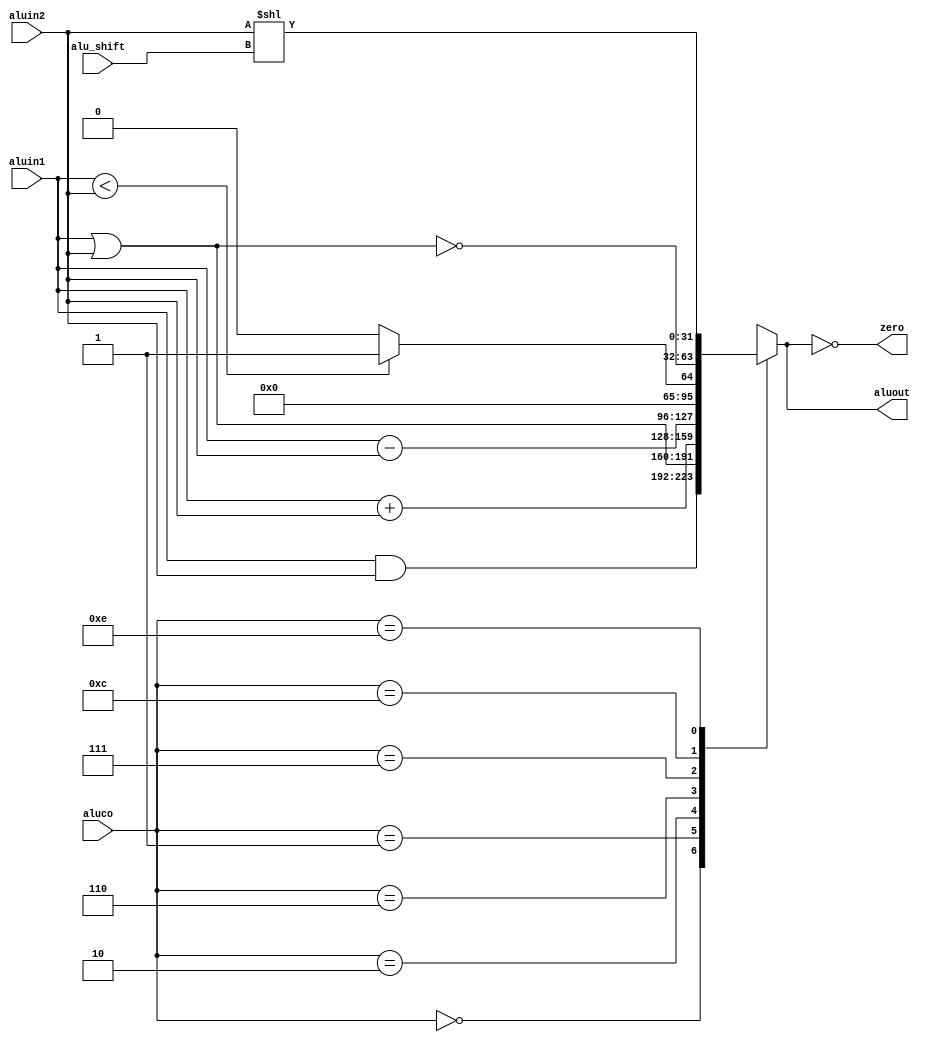
module alu ( aluout ,zero,aluin1,aluin2,aluco,alu_shift);

input[3:0] aluco ;
input[31:0] aluin1 ;
input[31:0] aluin2  ;
input [4:0] alu_shift;
output reg [31:0] aluout;
output zero;

assign zero=(aluout == 0);

always@(aluin1,aluin2,aluco,alu_shift)
begin
case(aluco)
0  : aluout <= (aluin1&aluin2);
1  : aluout <= (aluin1|aluin2)  ;
2  : aluout <= (aluin1+aluin2) ;
6  : aluout <=(aluin1-aluin2) ;
7  : aluout <= (aluin1<aluin2)?1:0 ;
12 : aluout <= ~(aluin1|aluin2) ;
14 : aluout <= (aluin2<<alu_shift);

default : aluout <= 32'bxxxxxxxx;
endcase
end

endmodule

module tb_alu();

reg [31:0] aluin1,aluin2;
reg [3:0] aluco;
reg [4:0] alu_shift;
wire [31:0] aluout;
wire zero;

alu a(aluout,zero,aluin1,aluin2,aluco,alu_shift);

initial
begin

$monitor("%b %b %b %b %b %b",aluout,zero,aluco,aluin1,aluin2,alu_shift);
alu_shift=5'b00000;

#3
aluin1=32'b 00001000;
aluin2=32'b 00000100;
aluco=0;
#3
aluin1=32'b00001000;
aluin2=32'b00000100;
aluco=1;
#3
aluin1=8'b00001000;
aluin2=8'b00000100;
aluco=2;
#3
aluin1=8'b00001000;
aluin2=8'b00000100;
aluco=6;
#3
aluin1=8'b00001000;
aluin2=8'b00000100;
aluco=7;
#3
aluin1=8'b00001000;
aluin2=8'b00000100;
aluco=12;
#3
aluin1=8'b0000001;
alu_shift=5'b11111;
aluco=14;
end
endmodule